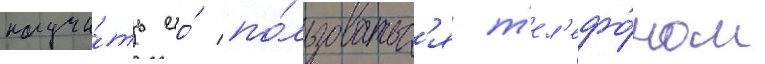
научи́ть ео́ по́льзоватьс'я т'ел'ефо́ном